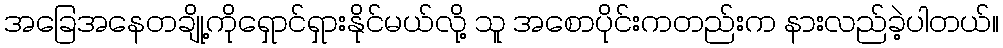
အခြေအနေတချို့ကိုရှောင်ရှားနိုင်မယ်လို့ သူ အစောပိုင်းကတည်းက နားလည်ခဲ့ပါတယ်။